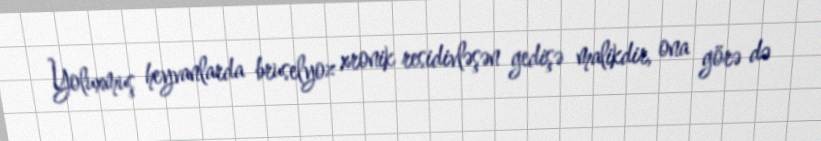
Yoluxmuş heyvanlarda bruselyoz xronik residivləşən gedişə malikdir, ona görə də